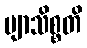
ဗျာသိစ္စတိ